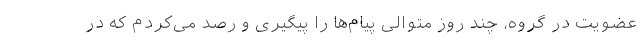
عضویت در گروه، چند روز متوالی پیام‌ها را پیگیری و رصد می‌کردم که در